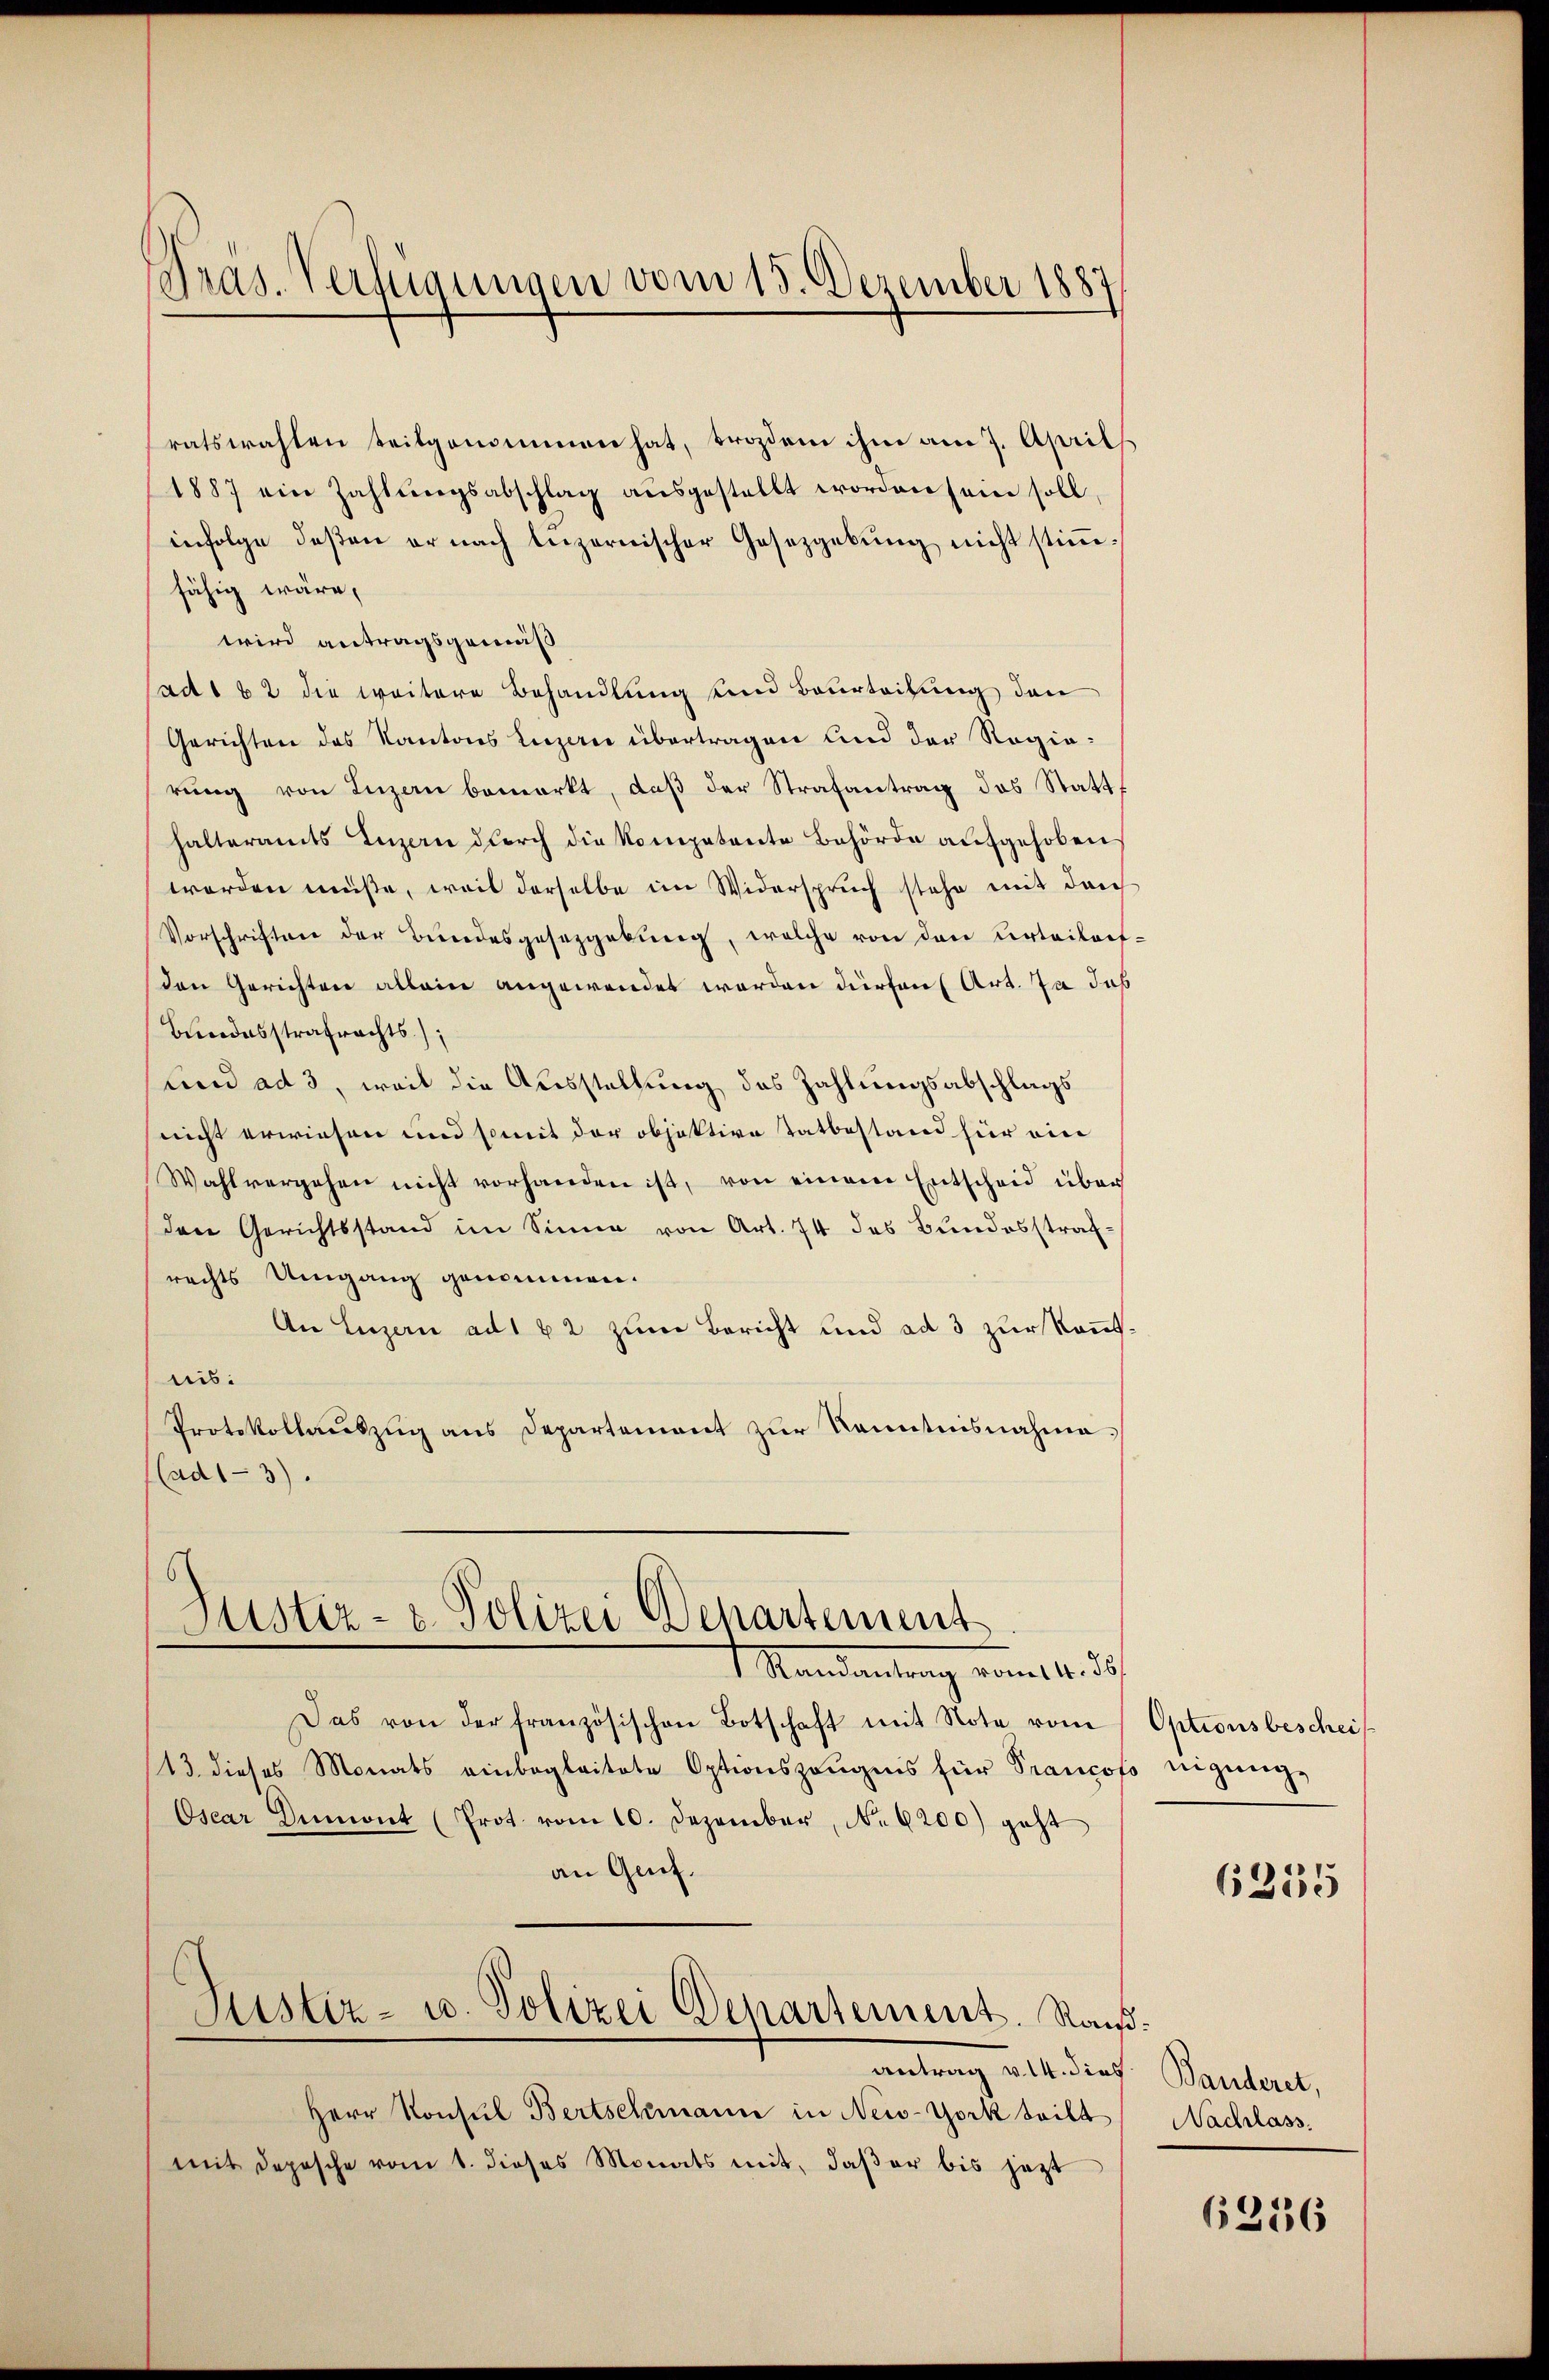
Pras. Verfügungen vom 15. Dezember 1887,

1887 ein Zahlungsabschlag ausgestellt worden sein soll
infolge deßen er nach leizernischer Gesetzgebung nicht stimmfähig wäre,
wird antragsgemäß
ad 162 die weitere Behandlung und Beurteilung den
Gerichten des Kantons Luzern übertragen und der Regierung von Luzern bemerkt, daß der Strafantrag des Statthalteramts Luzern durch die Kompetente Behörde aufgehoben
worden müsse, weil derselbe im Widerspruch stehe mit dar
Vorschriften der Bundesgesetzgebung, welche von den Urteilorf-
den Gerichten allein angewendet werden dürfen (Art. Ja das
Bundesstrafrachts)
und ad 3, weil die Ausstellung des Zahlungsabschlags
nicht erwiesen und somit der objektive Tatbestand für ein
Wahlvergehen nicht vorhanden ist, von einem Entscheid über
den Gerichtsstand im Sinne von Art. 74 des Bundesstrafrechts Umgang genommen.
An Luzern ad 1 42 zum Bericht und ad 3 zur Kenntnis:
Protokollauszug aus Departement zur Kenntnisnahme.
(ad13).

Justiz- & Polizei Departement
1. Mandantung vom 14. d.

ratswahlen seitgenommen hat, brozdem ihm am 7. April

Das von der französischen Botschaft mit Note vom
13. dieses Monats einbegleitete Optionszeugnis für Prancof
Osear Dumont (Prot. vom 10. Dezember, No 6200) geht
an Genf.
Justiz- u. Polizei Departement. Nachantrag v. A des Bautert,
Herr Konsul Bertschmann in New-York teilt
mit Depesche vom 1. dieses Monats mit, daβ er bis jetzt

Optionsbescheif
nigunge

6255

Nachlass.

6236